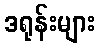
ဒရုန်းများ